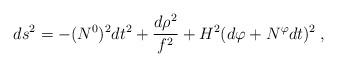
LaTeX: \begin{align*}ds^2 = - (N^0)^2 dt^2 + \frac{d\rho^2}{f^2} + H^2(d\varphi+N^{\varphi}dt)^2 \:, \end{align*}